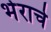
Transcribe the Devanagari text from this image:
भेराचे